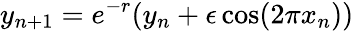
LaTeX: y_{n+1}=e^{-r}(y_{n}+\epsilon\cos(2\pi x_{n}))